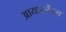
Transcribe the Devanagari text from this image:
आयारर्लैंड्स